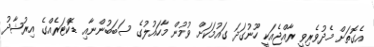
އެގޮތަށް މެދުވެރިވީ ރާއްޖެއަކީ ހޫނުގަދަ ގައުމަކަށް ވުމުން މާހައުލުގެ ސަބަބުންނާއި ޑޮކްޓަރެއްގެ އިރުޝާދު